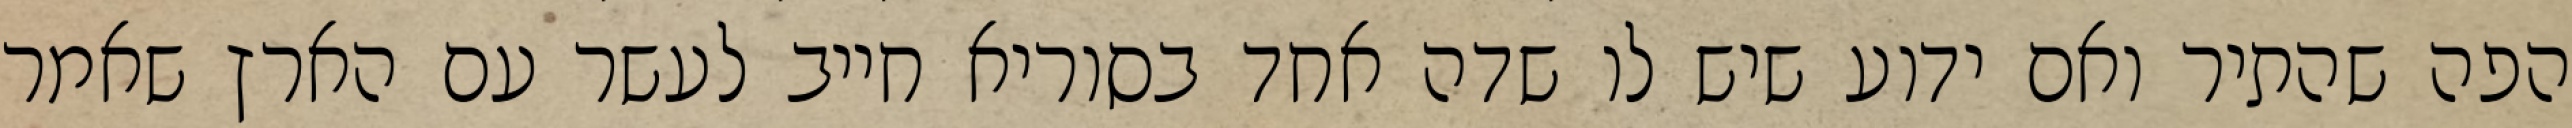
הפה שהתיר ואם ידוע שיש לו שדה אחד בסוריא חייב לעשר עם הארץ שאמר